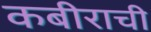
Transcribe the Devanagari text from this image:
कबीराची